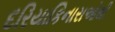
દરિયાકિનારાઓથી